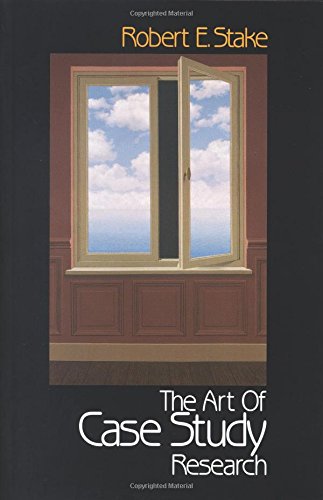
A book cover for The Art of Case Study Research; Robert E. Stake; Politics & Social Sciences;